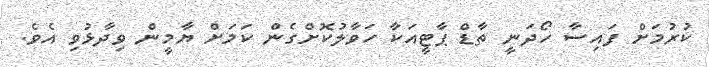
ކުރުމަށް ފައިސާ ހޯދަނީ ތާޑް ޕާޓީއަކާ ހަވާލުކޮށްގެން ކަމަށް ޔާމީން ވިދާޅުވި އެވެ.